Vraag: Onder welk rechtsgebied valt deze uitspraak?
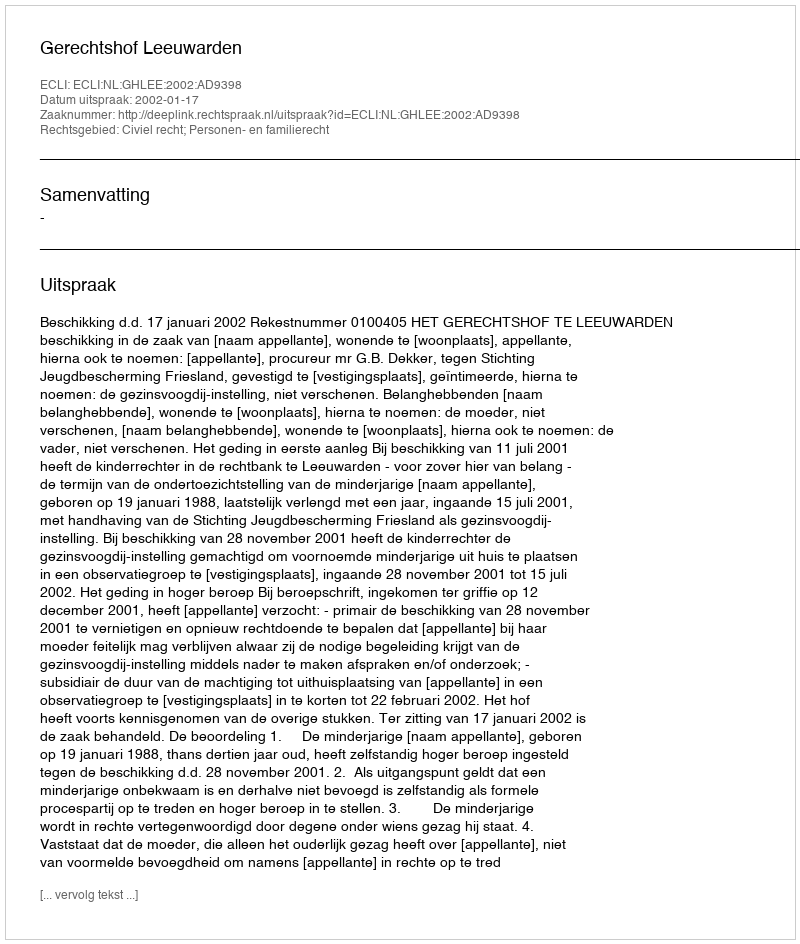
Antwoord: Civiel recht; Personen- en familierecht